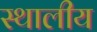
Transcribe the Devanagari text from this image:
स्थालीय